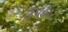
ઉ૫હાર